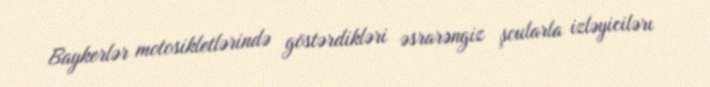
Baykerlər motosikletlərində göstərdikləri əsrarəngiz şoularla izləyicilərı